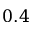
0 . 4